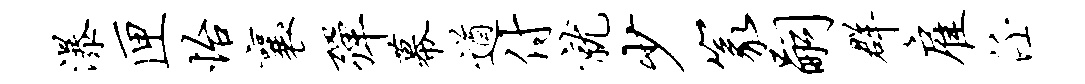
瀑匣怡襄弹幕遒付就少篆嗣群雇任